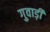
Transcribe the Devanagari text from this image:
गुवाड़ी